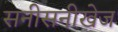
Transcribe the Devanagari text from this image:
सनीसनीखेज